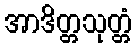
အာဒိတ္တသုတ္တံ